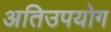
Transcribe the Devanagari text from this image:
अतिउपयोग